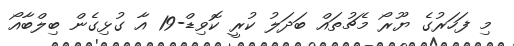
މި ފަހަރުގެ ޔޫރޯ މެޗުތައް ބަދަލު ކުރީ ކޮވިޑް-19 އާ ގުޅިގެން ބިލްބާއޯ